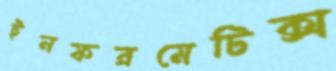
ইনফরমেটিক্স